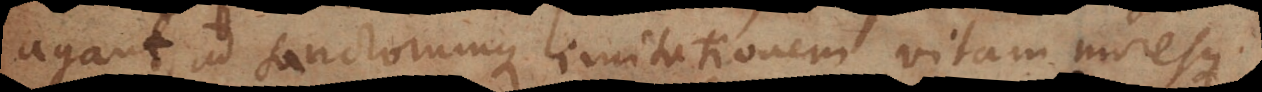
agant, ad sanctorumque imitationem vitam moresque